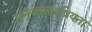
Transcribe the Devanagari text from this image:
अनुशासनप्रियता